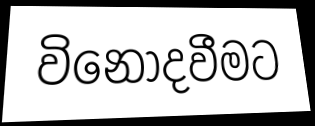
විනෝදවීමට